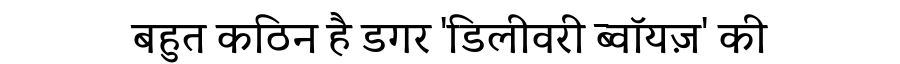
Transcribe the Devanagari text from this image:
बहुत कठिन है डगर 'डिलीवरी ब्वॉयज़' की